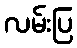
လမ်းပြ